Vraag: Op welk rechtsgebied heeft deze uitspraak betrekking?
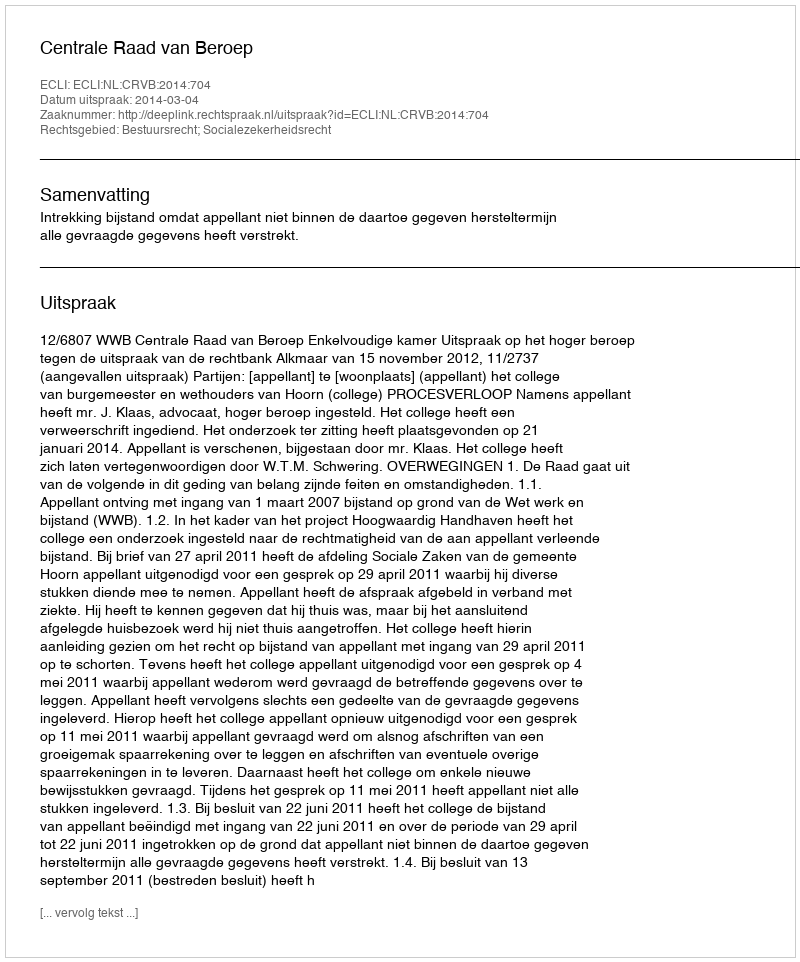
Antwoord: Bestuursrecht; Socialezekerheidsrecht